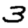
Digit: 3